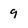
Character: 9